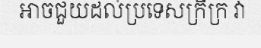
អាចជួយដល់ប្រទេសក្រីក្រ វា